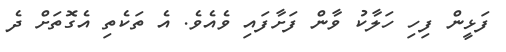
ފަޅީން ފިހި ހަލާކު ވާން ފަަށާފައި ވެއެވެ. އެ ތަކެތި އެގޮތަށް ދެ